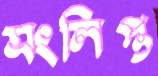
সংলিপ্ত